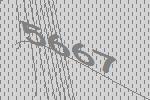
5667